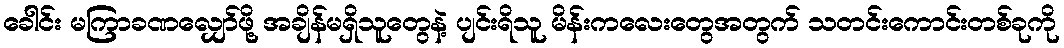
ခေါင်း မကြာခဏလျှော်ဖို့ အချိန်မရှိသူတွေနဲ့ ပျင်းရိသူ မိန်းကလေးတွေအတွက် သတင်းကောင်းတစ်ခုကို